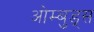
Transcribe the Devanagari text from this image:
ओम्बुड्स